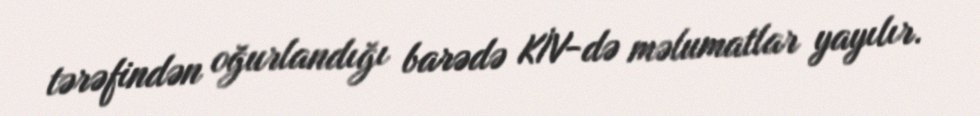
tərəfindən oğurlandığı barədə KİV-də məlumatlar yayılır.